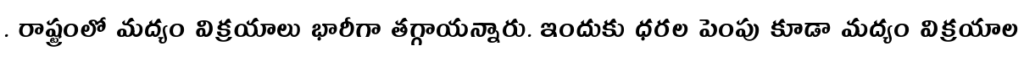
. రాష్ట్రంలో మద్యం విక్రయాలు భారీగా తగ్గాయన్నారు. ఇందుకు ధరల పెంపు కూడా మద్యం విక్రయాల